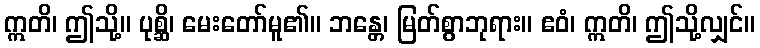
ဣတိ၊ ဤသို့။ ပုစ္ဆိ၊ မေးတော်မူ၏။ ဘန္တေ၊ မြတ်စွာဘုရား။ ဧဝံ၊ ဣတိ၊ ဤသို့လျှင်။